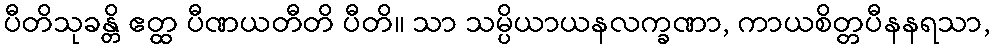
ပီတိသုခန္တိ ဧတ္ထ ပီဏယတီတိ ပီတိ။ သာ သမ္ပိယာယနလက္ခဏာ, ကာယစိတ္တပီနနရသာ,